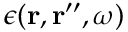
\epsilon ( \mathbf { r } , \mathbf { r } ^ { \prime \prime } , \omega )